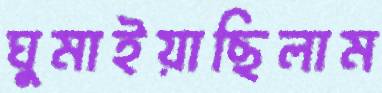
ঘুমাইয়াছিলাম